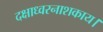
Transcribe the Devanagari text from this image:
दक्षाध्वरनाशकाय।